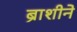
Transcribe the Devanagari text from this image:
ब्राशीने